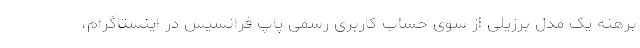
برهنه یک مدل برزیلی از سوی حساب کاربری رسمی پاپ فرانسیس در اینستاگرام،